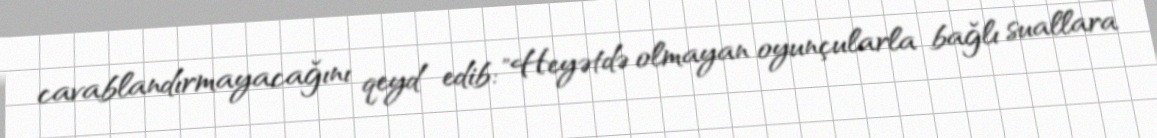
cavablandırmayacağını qeyd edib: "Heyətdə olmayan oyunçularla bağlı suallara